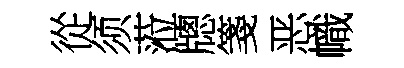
從须蒞牕箋恶幟